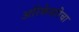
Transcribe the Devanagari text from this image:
अरिकेसरिचा